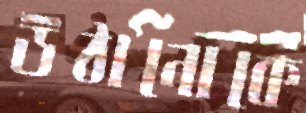
উঠানোকে